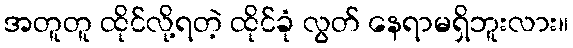
အတူတူ ထိုင်လို့ရတဲ့ ထိုင်ခုံ လွတ် နေရာမရှိဘူးလား။